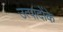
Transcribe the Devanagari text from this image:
उत्पादोंके